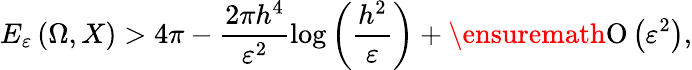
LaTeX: E_{\varepsilon}\left(\Omega,X\right)>4\pi-\frac{2\pi h^{4}}{\varepsilon^{2}}\log{\left(\frac{h^{2}}{\varepsilon}\right)}+\ensuremath{\operatorname{O}\left(\varepsilon^{2}\right)},